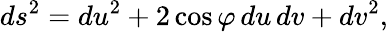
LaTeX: ds^{2}=du^{2}+2\cos\varphi\, du\, dv+dv^{2},